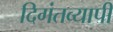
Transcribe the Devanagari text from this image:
दिगंतव्यापी